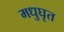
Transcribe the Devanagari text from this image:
मधुघृत